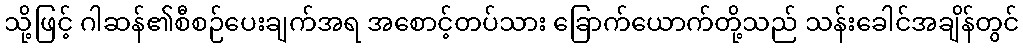
သို့ဖြင့် ဂါဆန်၏စီစဉ်ပေးချက်အရ အစောင့်တပ်သား ခြောက်ယောက်တို့သည် သန်းခေါင်အချိန်တွင်